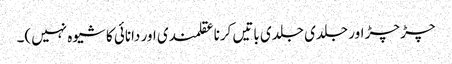
چڑ چڑ اور جلدی جلدی باتیں کرنا عقلمندی اور دانائی کا شیوہ نہیں)۔